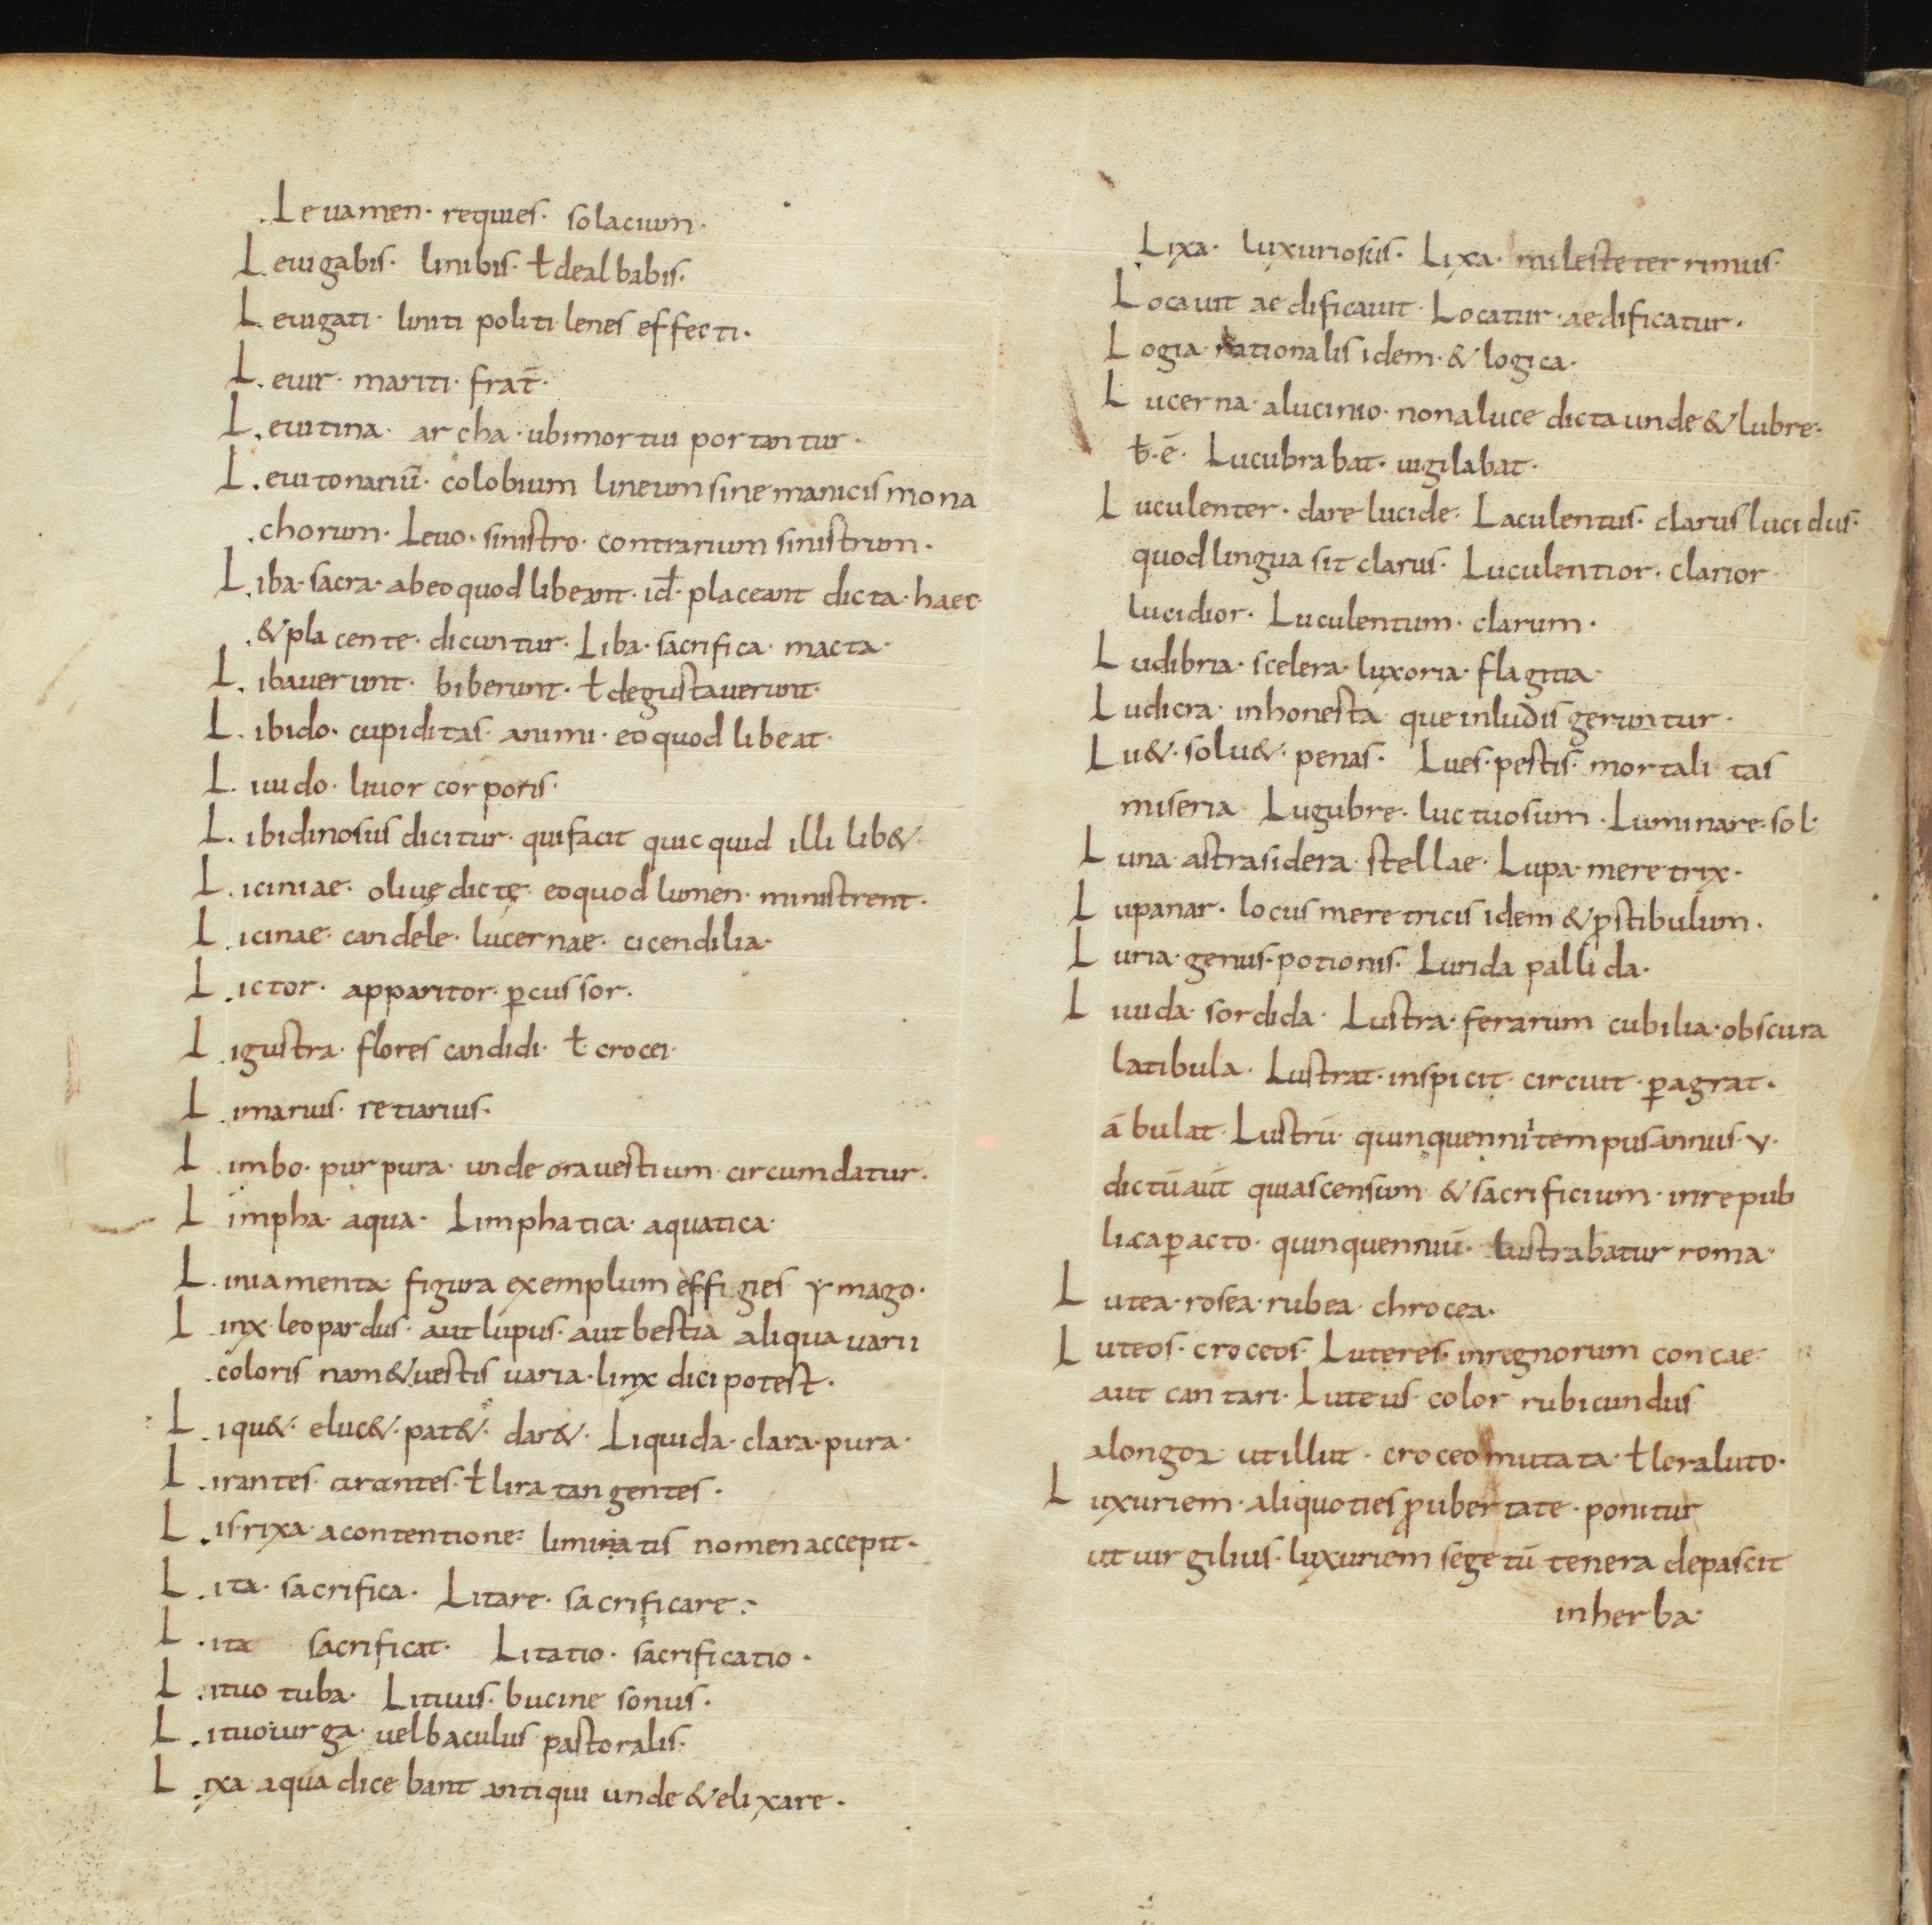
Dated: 850–899